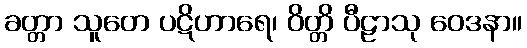
ခတ္တာ သူတေ ပဋိဟာရေ၊ ဝိတ္တိ ပီဠာသု ဝေဒနာ။